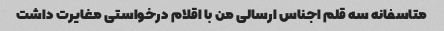
متاسفانه سه قلم اجناس ارسالی من با اقلام درخواستی مغایرت داشت